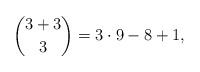
LaTeX: \begin{align*}{{3+3}\choose{3}} = 3 \cdot 9 - 8 + 1,\end{align*}